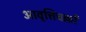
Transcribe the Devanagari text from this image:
आवृत्तिचक्रों